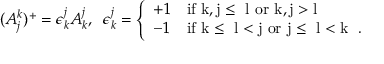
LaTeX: ( A _ { j } ^ { k } ) ^ { + } = \epsilon _ { k } ^ { j } A _ { k } ^ { j } , \; \; \epsilon _ { k } ^ { j } = \left\{ \begin{array} { l l } { { + 1 } } & { { \mathrm { i f ~ k , j \leq ~ l ~ o r ~ k , j > l ~ } } } \\ { { - 1 } } & { { \mathrm { i f ~ k \leq ~ l < j ~ o r ~ j \leq ~ l < k ~ } \; . } } \end{array} \right.